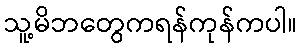
သူ့မိဘတွေကရန်ကုန်ကပါ။